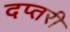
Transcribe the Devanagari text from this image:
दप्तरी